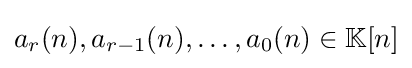
a_{r}(n),a_{r-1}(n),\ldots ,a_{0}(n)\in \mathbb {K} [n]